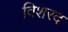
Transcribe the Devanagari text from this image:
विशरद